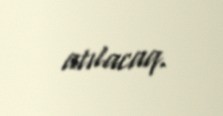
atılacaq.